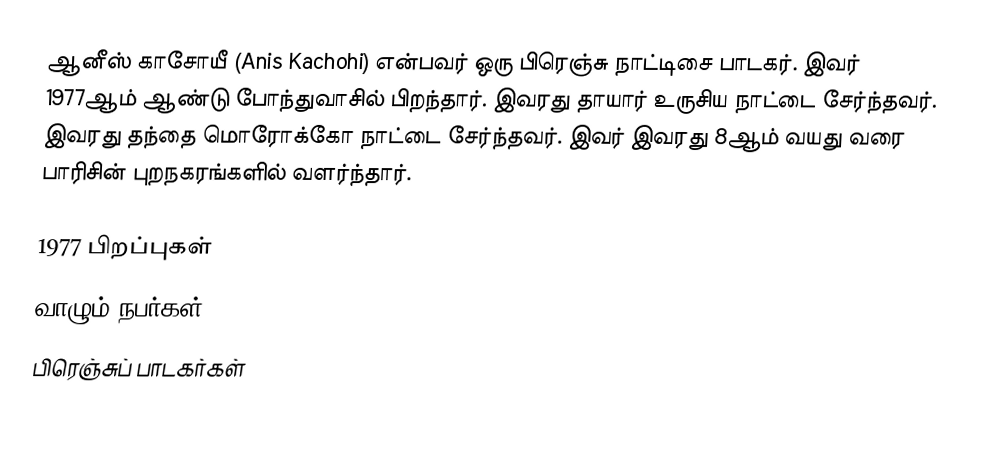
ஆனீஸ் காசோயீ (Anis Kachohi) என்பவர் ஒரு பிரெஞ்சு நாட்டிசை பாடகர். இவர் 1977ஆம் ஆண்டு போந்துவாசில் பிறந்தார். இவரது தாயார் உருசிய நாட்டை சேர்ந்தவர். இவரது தந்தை மொரோக்கோ நாட்டை சேர்ந்தவர். இவர் இவரது 8ஆம் வயது வரை பாரிசின் புறநகரங்களில் வளர்ந்தார்.

1977 பிறப்புகள்
வாழும் நபர்கள்
பிரெஞ்சுப் பாடகர்கள்